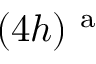
( 4 h ) ^ { \mathrm { ~ a ~ } }